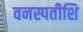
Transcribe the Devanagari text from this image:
वनस्पतीशि